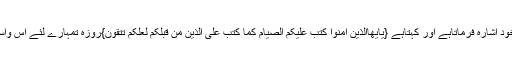
قرآن شریف روزہ کی حقیقت اور فلاسفی کی طر ف خود اشارہ فرماتاہے اور کہتاہے {یٰٓایُّھَاالَّذِیْنَ اٰمَنُوْا کُتِبَ عَلَیْکُمُ الصِّیَامُ کَمَا کُتِبَ عَلَی الَّذِیْنَ مِنْ قَبْلِکُمْ لَعَلَّکُمْ تَتَّقُوْنَ}روزہ تمہارے لئے اس واسطے ہے کہ تقویٰ سیکھنے کی تم کوعادت پڑجاوے۔